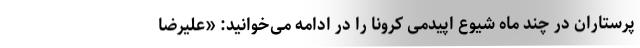
پرستاران در چند ماه شیوع اپیدمی کرونا را در ادامه می‌خوانید: «علیرضا